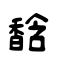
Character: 馠